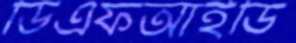
ডিএফআইডি